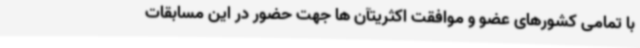
با تمامی کشورهای عضو و موافقت اکثریتآن ها جهت حضور در این مسابقات